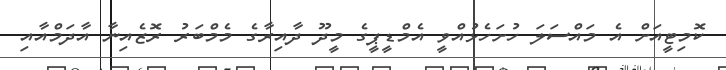
ކޮމިޓީއަށް އެ މައްސަލަ ހުށަހެޅުއްވީ އެމްޑީޕީގެ މީދޫ ދާއިރާގެ މެމްބަރު ރޮޒެއިނާ އާދަމްއާއި